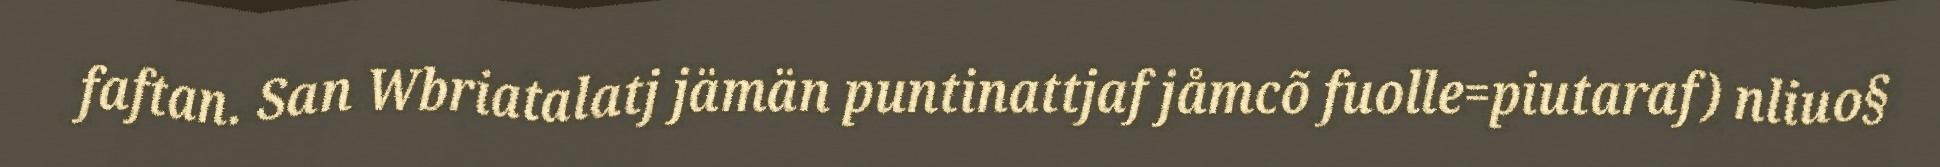
faftan. San Wbriatalatj jämän puntinattjaf jåmcõ fuolle=piutaraf) nliuo§